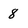
Character: 8